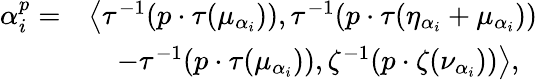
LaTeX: \begin{array}{rl}{\alpha_{i}^{p}=}&{\big\langle\tau^{-1}(p\cdot\tau(\mu_{\alpha_{i}})),\tau^{-1}(p\cdot\tau(\eta_{\alpha_{i}}+\mu_{\alpha_{i}}))}\\ &{\quad-\tau^{-1}(p\cdot\tau(\mu_{\alpha_{i}})),\zeta^{-1}(p\cdot\zeta(\nu_{\alpha_{i}}))\big\rangle,}\end{array}